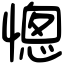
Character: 憁